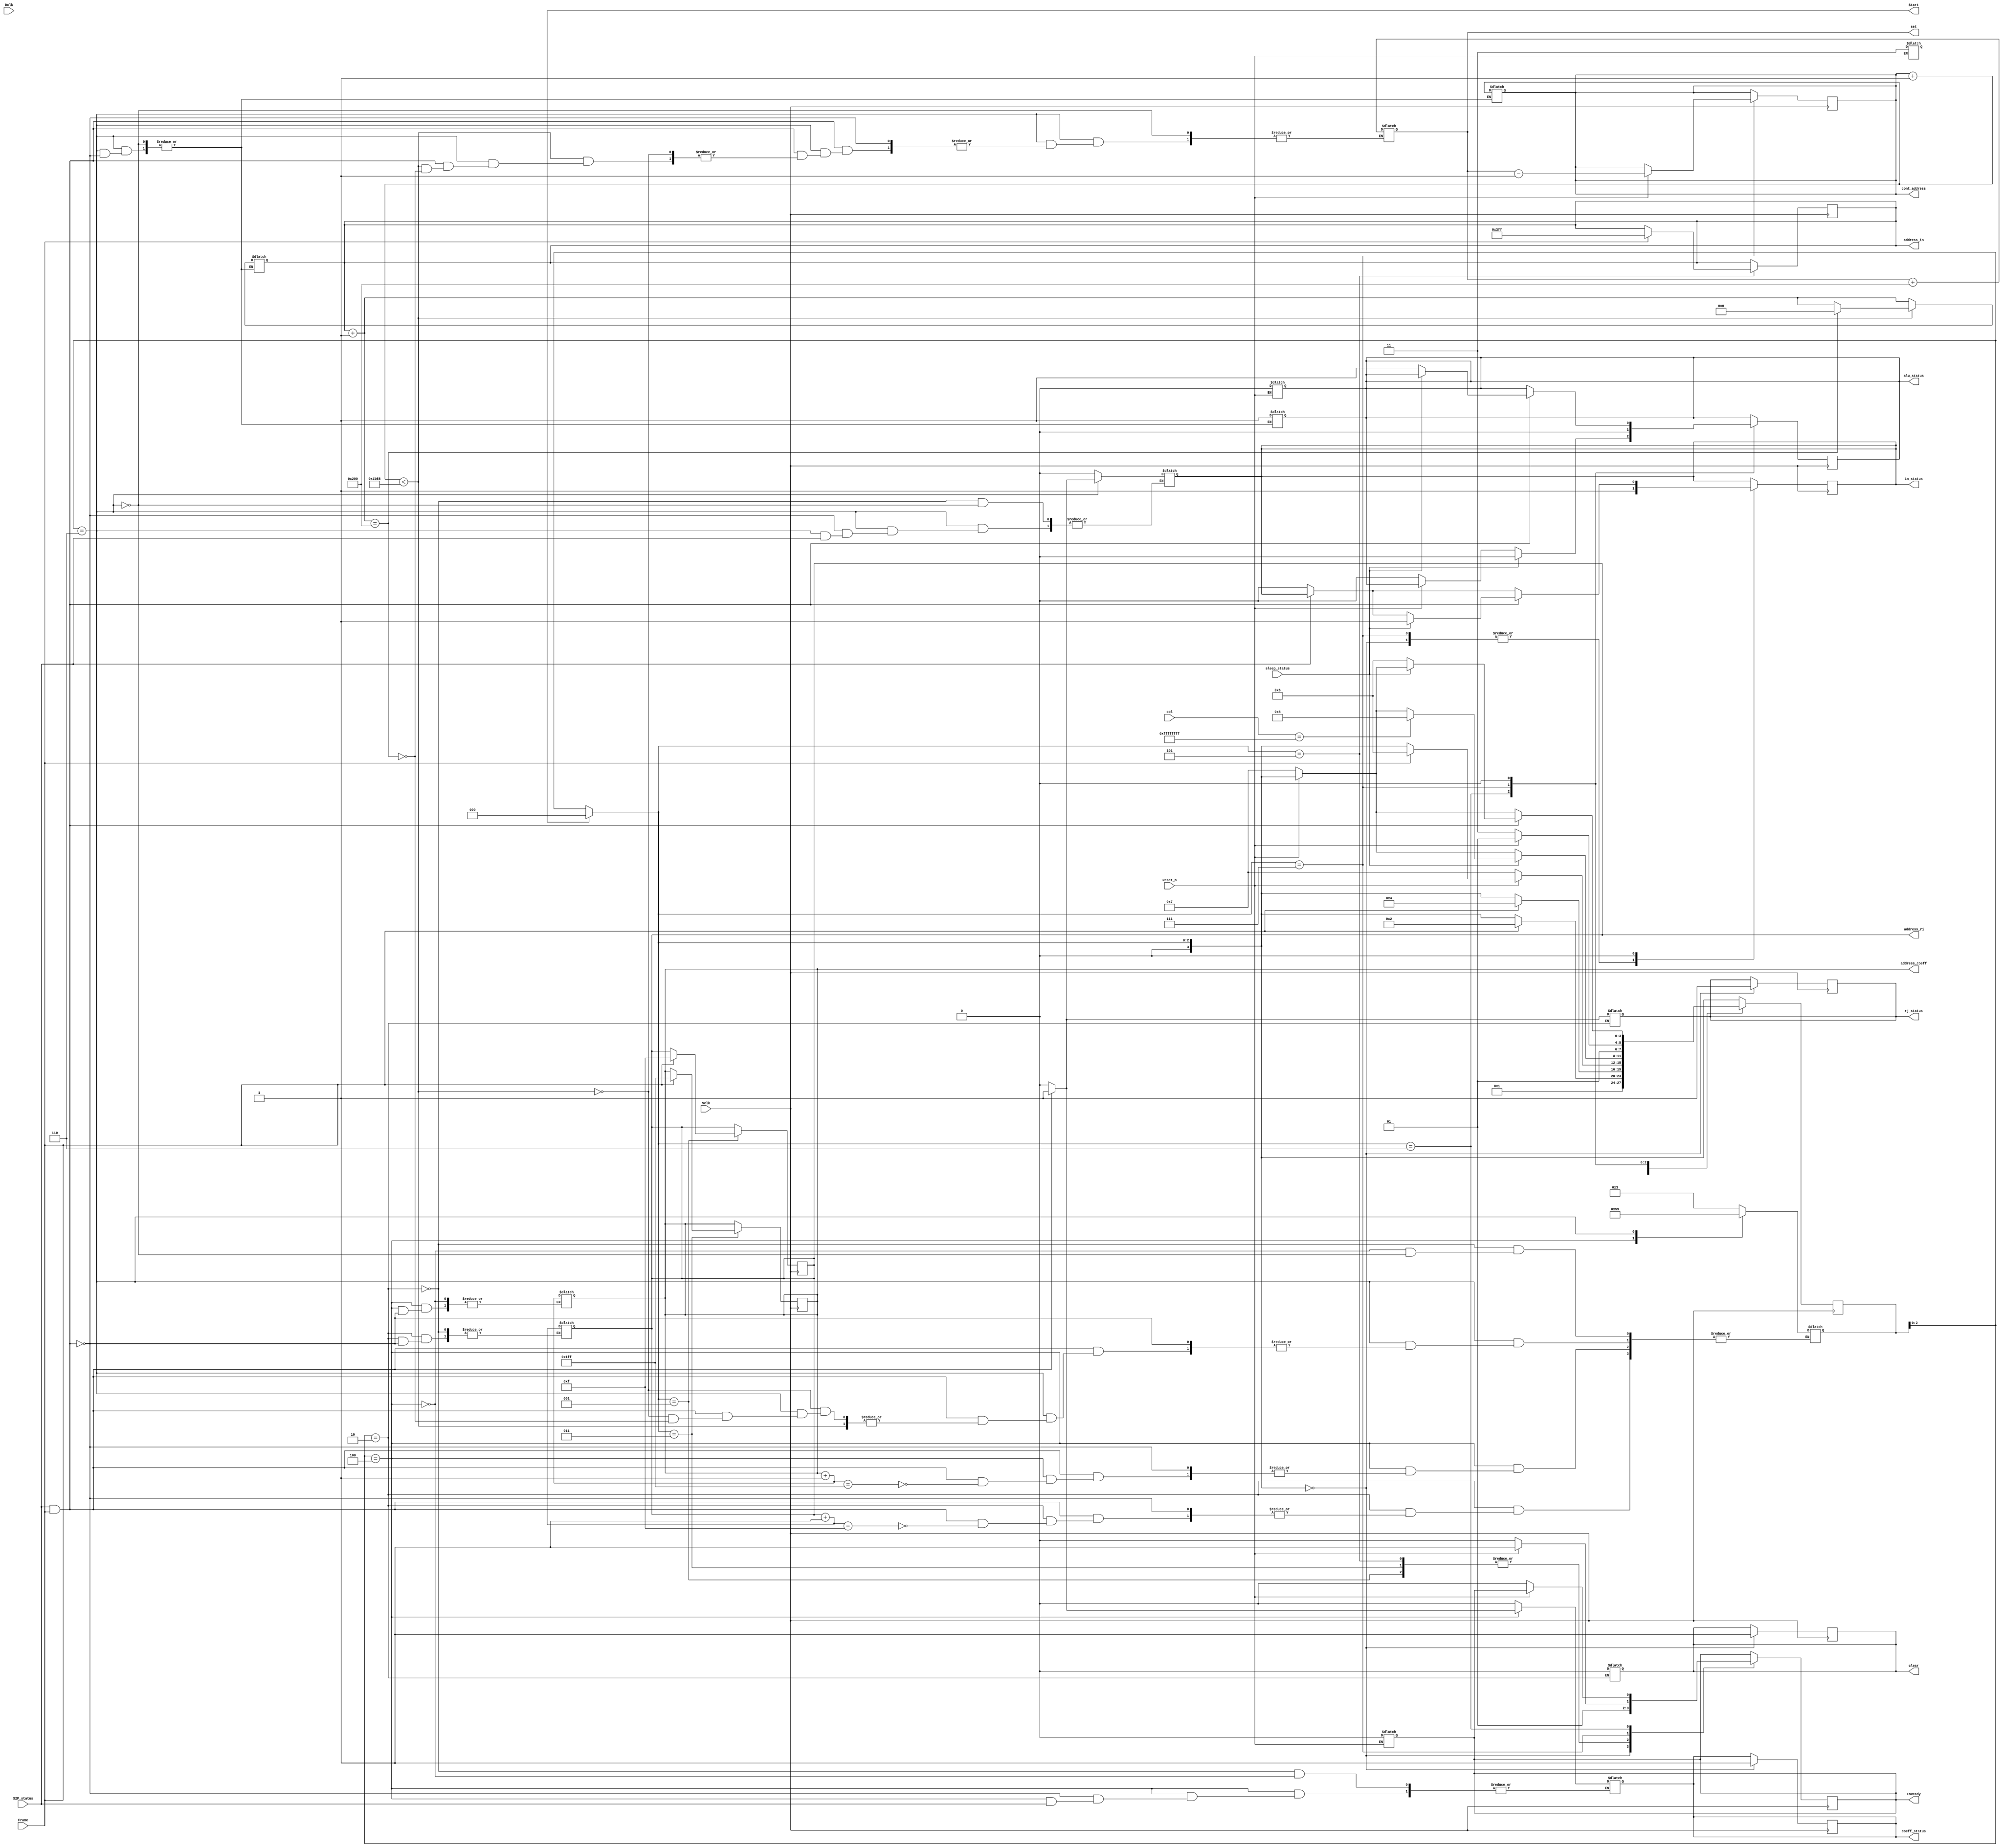
`timescale 1ns / 1ps

module Controller(Sclk,Dclk,Frame,S2P_status,rj_status,coeff_status,in_status,InReady,Start,
			address_rj,address_coeff,address_in,alu_status,cont_address,set,sleep_status,col,Reset_n,clear);

input Sclk, Dclk,Frame, S2P_status,sleep_status,Reset_n;
input [31:0] col;

output reg InReady,rj_status,clear,Start;
output reg coeff_status,in_status,alu_status;
output reg [3:0] address_rj;
output reg [8:0] address_coeff;
output reg [9:0] address_in;
output reg [12:0] cont_address;
output reg [12:0] set;

reg [3:0] state;

integer i;

initial begin
	state = 1;
	cont_address=-1;
	set=0;
end

always @(Frame)
begin
	case (state)
	
	2:
	begin
		coeff_status=0;
		in_status=0;
		clear=0;
		rj_status=0;
		
		if(S2P_status==0)
		begin
			rj_status=0;
		end
		
		if(S2P_status==1 && Frame ==1)
		begin
			rj_status=1;
			address_rj = address_rj + 1;
			if(address_rj==15)
				state=3;
		end
	end
	
	4:
	begin
		if(S2P_status==0)
		begin
			coeff_status=0;
		end
		
		if(S2P_status==1 && Frame ==1)
		begin
			coeff_status=1;
			address_coeff = address_coeff + 1;
			if(address_coeff==511)
				state=5;
		end
	end
	
	6:
	begin
		if(S2P_status==0)
		begin
			in_status=0;
		end
		
		if(S2P_status==1 && Frame ==1)
		begin
			in_status=1;
			alu_status=1;
			address_in = address_in + 1;
			cont_address=cont_address+1;
			
			if(cont_address<7000)
			begin
				if(address_in==512)
				begin
					set=set+512;				
					address_in=0;
				end
			end
			else
			begin
				if(address_in==512)
					state=9;
			end
			
		end
	end
	
	endcase
end

always @(posedge Sclk)
begin
	if(Start==1)
		state=0;
	
	case (state)
	
	0:
	begin
		InReady=0;
		rj_status=1;
		coeff_status=1;
		in_status=1;
		clear=1;
		state=1;
	end
	
	1:
	begin
		InReady=1;
		if(Frame==1)
		begin
			address_rj=-1;
			state=2;
		end		
	end
	
	3:
	begin
		InReady=1;
		if(Frame==1)
		begin
			address_coeff=-1;
			state=4;
		end		
	end
	
	5:
	begin
		InReady=1;
		if(Frame==1)
		begin
			address_in=-1;
			state=6;
		end
		if(Reset_n==0)
			state=7;
	end
	
	6:
	begin
		
		if(Reset_n==1'b0)
		begin
			state=7;
			InReady=0;
			alu_status=0;
		end	
		
		if(sleep_status==1)
		begin	
			alu_status=0;
			if(col==-1)
			begin			
				state=8;
			end
			
		end
	end
	
	7:
	begin
		InReady = 0;
		if(Reset_n==1'b0)
		begin
			state=7;
			InReady=0;
		end
		else
		begin
			state=5;
			cont_address=set-1;
			InReady = 1;
		end
		alu_status=0;
		in_status=1;
	end
	
	8:
	begin
	
		if(Reset_n==1'b0)
		begin
			state=7;
			InReady=0;
		end
	
		if(S2P_status==0)
		begin
			in_status=0;
		end
		
		if(S2P_status==1 && Frame ==1)
		begin
			if(sleep_status==1)
			begin
				in_status=1;			
			end
			else
			begin
				state=6;
				alu_status=1;
			end
		end
		
	end
	
	
	endcase

end

always @(Sclk)
begin
	if(Reset_n==1'b0)
	begin
		InReady=1'b0;
		state=7;
		alu_status=0;
	end
end

endmodule